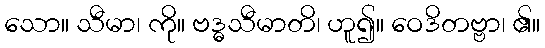
သော။ သီမာ၊ ကို။ ဗဒ္ဓသီမာတိ၊ ဟူ၍။ ဝေဒိတဗ္ဗာ၊ ၏။